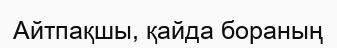
Айтпақшы, қайда бораның